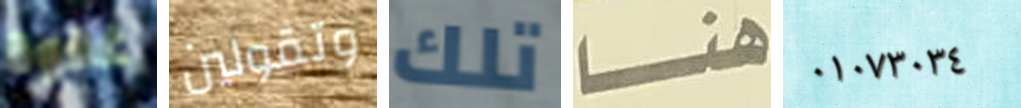
غفوة وتقولين تلك هنا ٠١٠٧٣٠٣٤